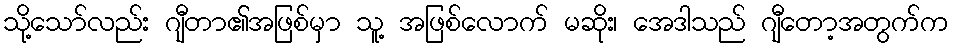
သို့သော်လည်း ဂျီတာ၏အဖြစ်မှာ သူ့ အဖြစ်လောက် မဆိုး၊ အေဒါသည် ဂျီတော့အတွက်က